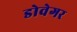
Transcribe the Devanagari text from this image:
डोवेगर